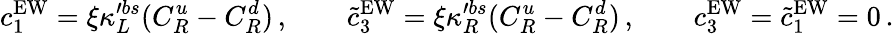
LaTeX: c_{1}^{\mathrm{EW}}=\xi\kappa_{L}^{\prime bs}(C_{R}^{u}-C_{R}^{d})\, ,\qquad\widetilde c_{3}^{\mathrm{EW}}=\xi\kappa_{R}^{\prime bs}(C_{R}^{u}-C_{R}^{d})\, ,\qquad c_{3}^{\mathrm{EW}}=\widetilde c_{1}^{\mathrm{EW}}=0\, .